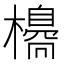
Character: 𣝼